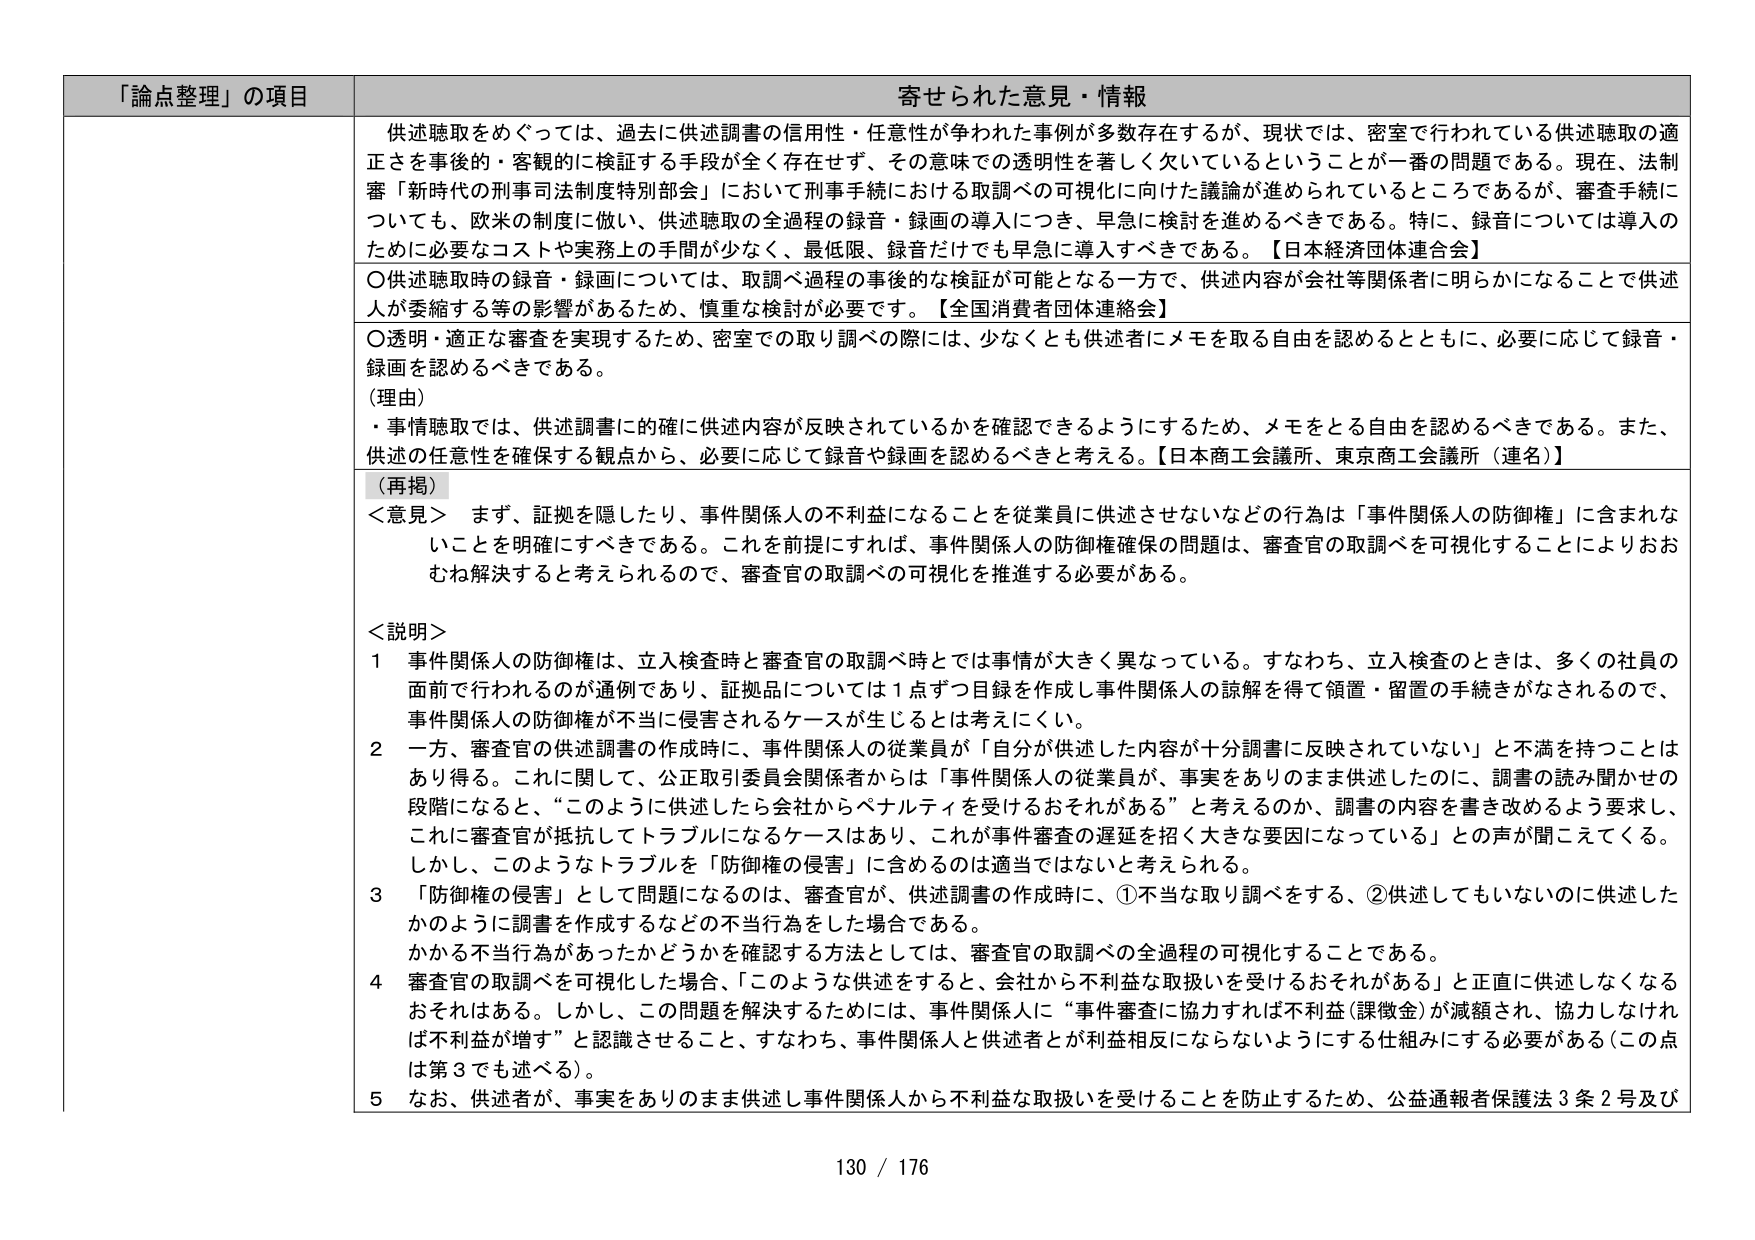
「論点整理」の項目 寄せられた意見・情報

供述聴取をめぐっては、過去に供述調書の信用性・任意性が争われた事例が多数存在するが、現状では、密室で行われている供述聴取の適正さを事後の・客観的に検証する手段が全く存在せず、その意味での透明性を著しく欠いているということが一番の問題である。現在、法制審「新時代の刑事司法制度特別部会」において刑事手続における取調べの可視化に向けた議論が進められているところであるが、審査手続についても、欧米の制度に倣い、供述聴取の全過程の録音・録画の導入につき、早急に検討を進めるべきである。特に、録音については導入のために必要なコストや実務上の手間が少なく、最低限、録音だけでも早急に導入すべきである。【日本経済団体連合会】

〇供述聴取時の録音・録画については、取調べ過程の事後のな検証が可能となる一方で、供述内容が会社等関係者に明らかになることで供述人が委縮する等の影響があるため、慎重な検討が必要です。【全国消費者団体連絡会】

〇透明・適正な審査を実現するため、密室での取り調べの際には、少なくとも供述者にメモを取る自由を認めるとともに、必要に応じて録音・録画を認めるべきである。

（理由）
・事情聴取では、供述調書に的確に供述内容が反映されているかを確認できるようにするため、メモをとる自由を認めるべきである。また、供述の任意性を確保する観点から、必要に応じて録音や録画を認めるべきと考える。【日本商工会議所、東京商工会議所（連名）】

（再掲）
＜意見＞ まず、証拠を隠したり、事件関係人の不利益になることを従業員に供述させないなどの行為は「事件関係人の防御権」に含まれないことを明確にすべきである。これを前提にすれば、事件関係人の防御権確保の問題は、審査官の取調べを可視化することによりおおむね解決すると考えられるので、審査官の取調べの可視化を推進する必要がある。

＜説明＞
1 事件関係人の防御権は、立入検査時と審査官の取調べ時とでは事情が大きく異なっている。すなわち、立入検査のときは、多くの社員の面前で行われるのが通例であり、証拠品については1点ずつ目録を作成し事件関係人の諒解を得て領置・留置の手続きがなされるので、事件関係人の防御権が不当に侵害されるケースが生じるとは考えにくい。
2 一方、審査官の供述調書の作成時に、事件関係人の従業員が「自分が供述した内容が十分調書に反映されていない」と不満を持つことはあり得る。これに関して、公正取引委員会関係者からは「事件関係人の従業員が、事実をありのまま供述したのに、調書の読み聞かせの段階になると、“このように供述したら会社からペナルティを受けるおそれがある”と考えるのか、調書の内容を書き改めるよう要求し、これに審査官が抵抗してトラブルになるケースはあり、これが事件審査の遅延を招く大きな要因になっている」との声が聞こえてくる。しかし、このようなトラブルを「防御権の侵害」に含めるのは適当ではないと考えられる。
3 「防御権の侵害」として問題になるのは、審査官が、供述調書の作成時に、①不当な取り調べをする、②供述してもいないのに供述したかのように調書を作成するなどの不当行為をした場合である。
4 審査官の取調べを可視化した場合、「このような供述をすると、会社から不利益な取扱いを受けるおそれがある」と正直に供述しなくなるおそれはある。しかし、この問題を解決するためには、事件関係人に“事件審査に協力すれば不利益（課徴金）が減額され、協力しなければ不利益が増す”と認識させること、すなわち、事件関係人と供述者が利益相反にならないようにする仕組みにする必要がある（この点は第3でも述べる）。
5 なお、供述者が、事実をありのまま供述し事件関係人から不利益な取扱いを受けることを防止するため、公益通報者保護法3条2号及び

130 / 176